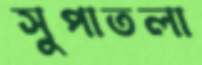
সুপাতলা